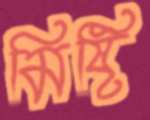
মিষ্টি